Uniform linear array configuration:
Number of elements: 64
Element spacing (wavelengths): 0.25
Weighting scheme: cosine
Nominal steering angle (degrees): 30
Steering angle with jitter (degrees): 29.989
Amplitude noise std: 0.05
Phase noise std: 0.05

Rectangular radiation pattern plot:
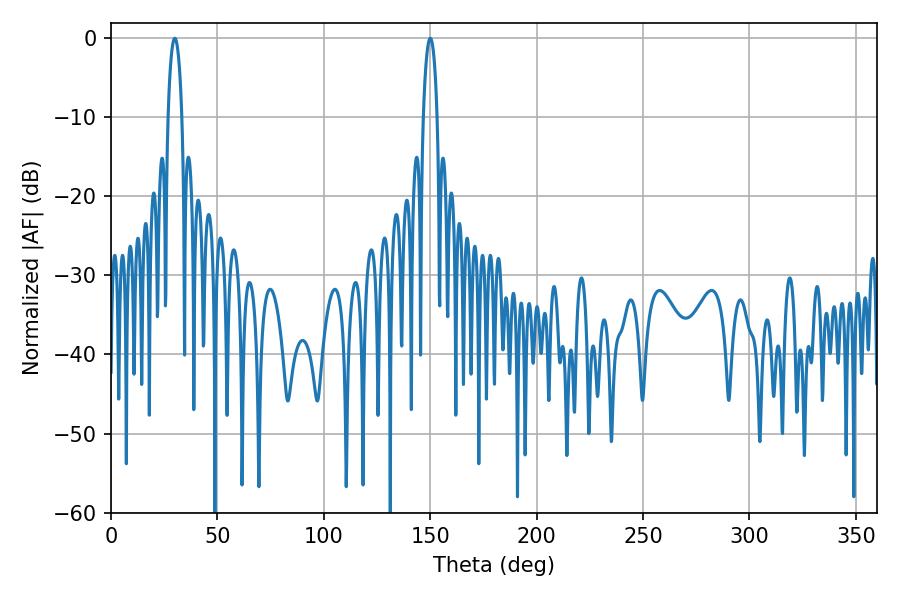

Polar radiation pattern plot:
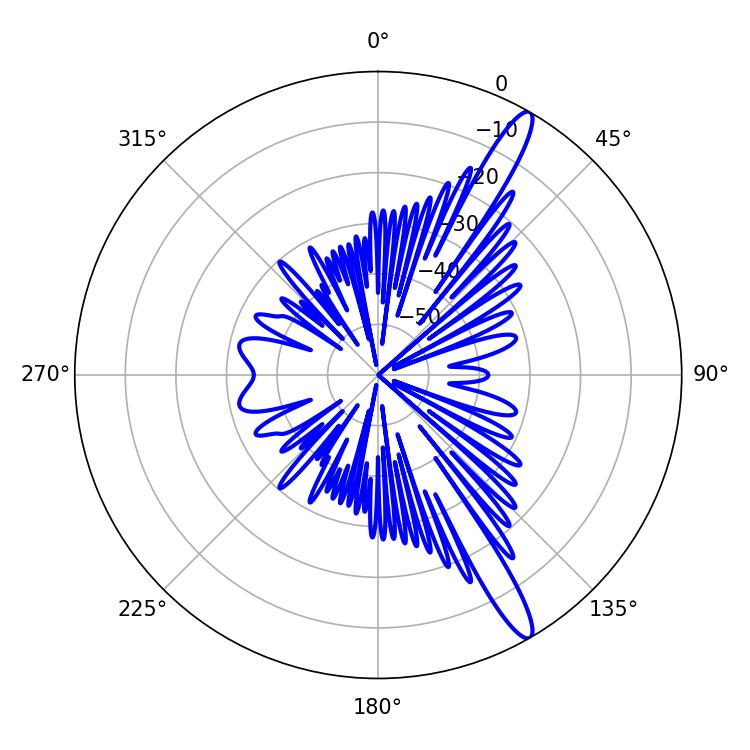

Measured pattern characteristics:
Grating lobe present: FALSE
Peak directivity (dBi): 14.416
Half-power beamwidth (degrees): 3.78
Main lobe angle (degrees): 30.06